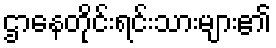
ဌာနေတိုင်းရင်းသားများ၏